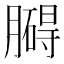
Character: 𦡡